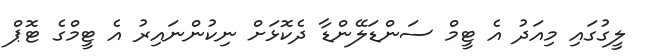
ލީގުގައި މިއަދު އެ ޓީމް ސަންޑަލޭންޑާ ދެކޮޅަށް ނިކުންނައިރު އެ ޓީމްގެ ޓޮޕް